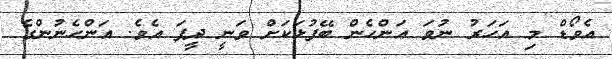
އެވޯޑް މި އަހަރު ނުވަ އަންހެން ބޭފުޅަކަށް ވަނީ ދީފަ އެވެ. އަންހެނުންގެ